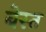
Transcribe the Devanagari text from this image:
बेस्त